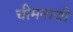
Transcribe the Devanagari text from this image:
चीमनाजी